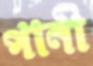
পানী